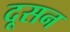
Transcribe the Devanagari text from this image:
दूसन